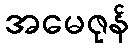
အမေဇုန်